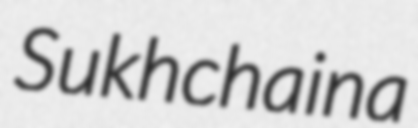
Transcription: Sukhchaina